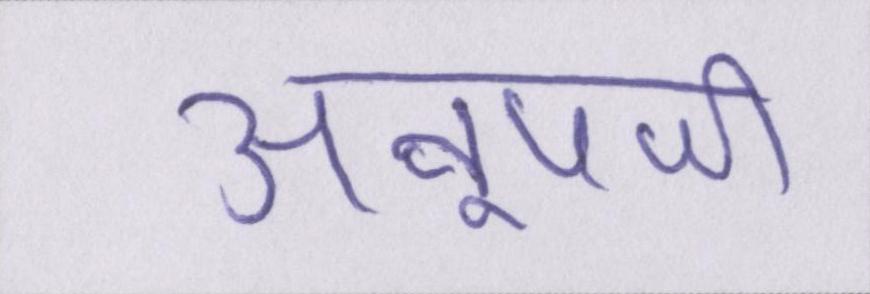
अनूपजी